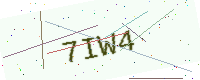
Text: 7IW4